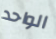
الواحد